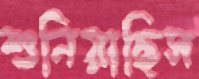
শুনিয়াছিস